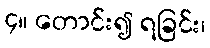
၄။ တောင်း၍ ရခြင်း၊